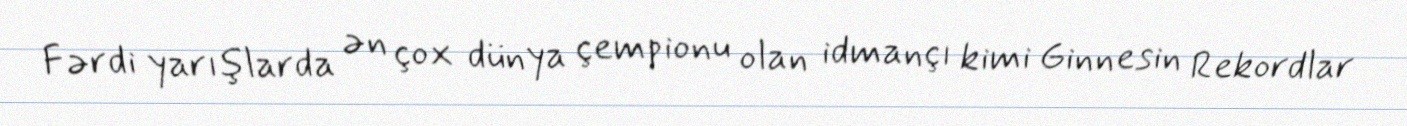
Fərdi yarışlarda ən çox dünya çempionu olan idmançı kimi Ginnesin Rekordlar